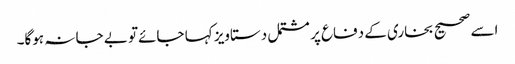
اسے صحیح بخاری کے دفاع پر مشتمل دستاویز کہا جائےتو بے جا نہ ہوگا۔